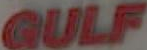
GULF